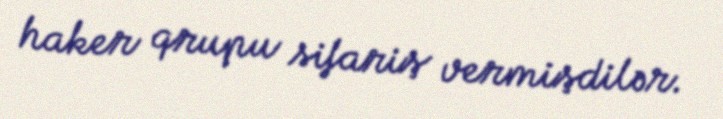
haker qrupu sifariş vermişdilər.